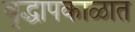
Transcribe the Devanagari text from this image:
वृद्धापकाळात